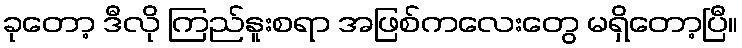
ခုတော့ ဒီလို ကြည်နူးစရာ အဖြစ်ကလေးတွေ မရှိတော့ပြီ။